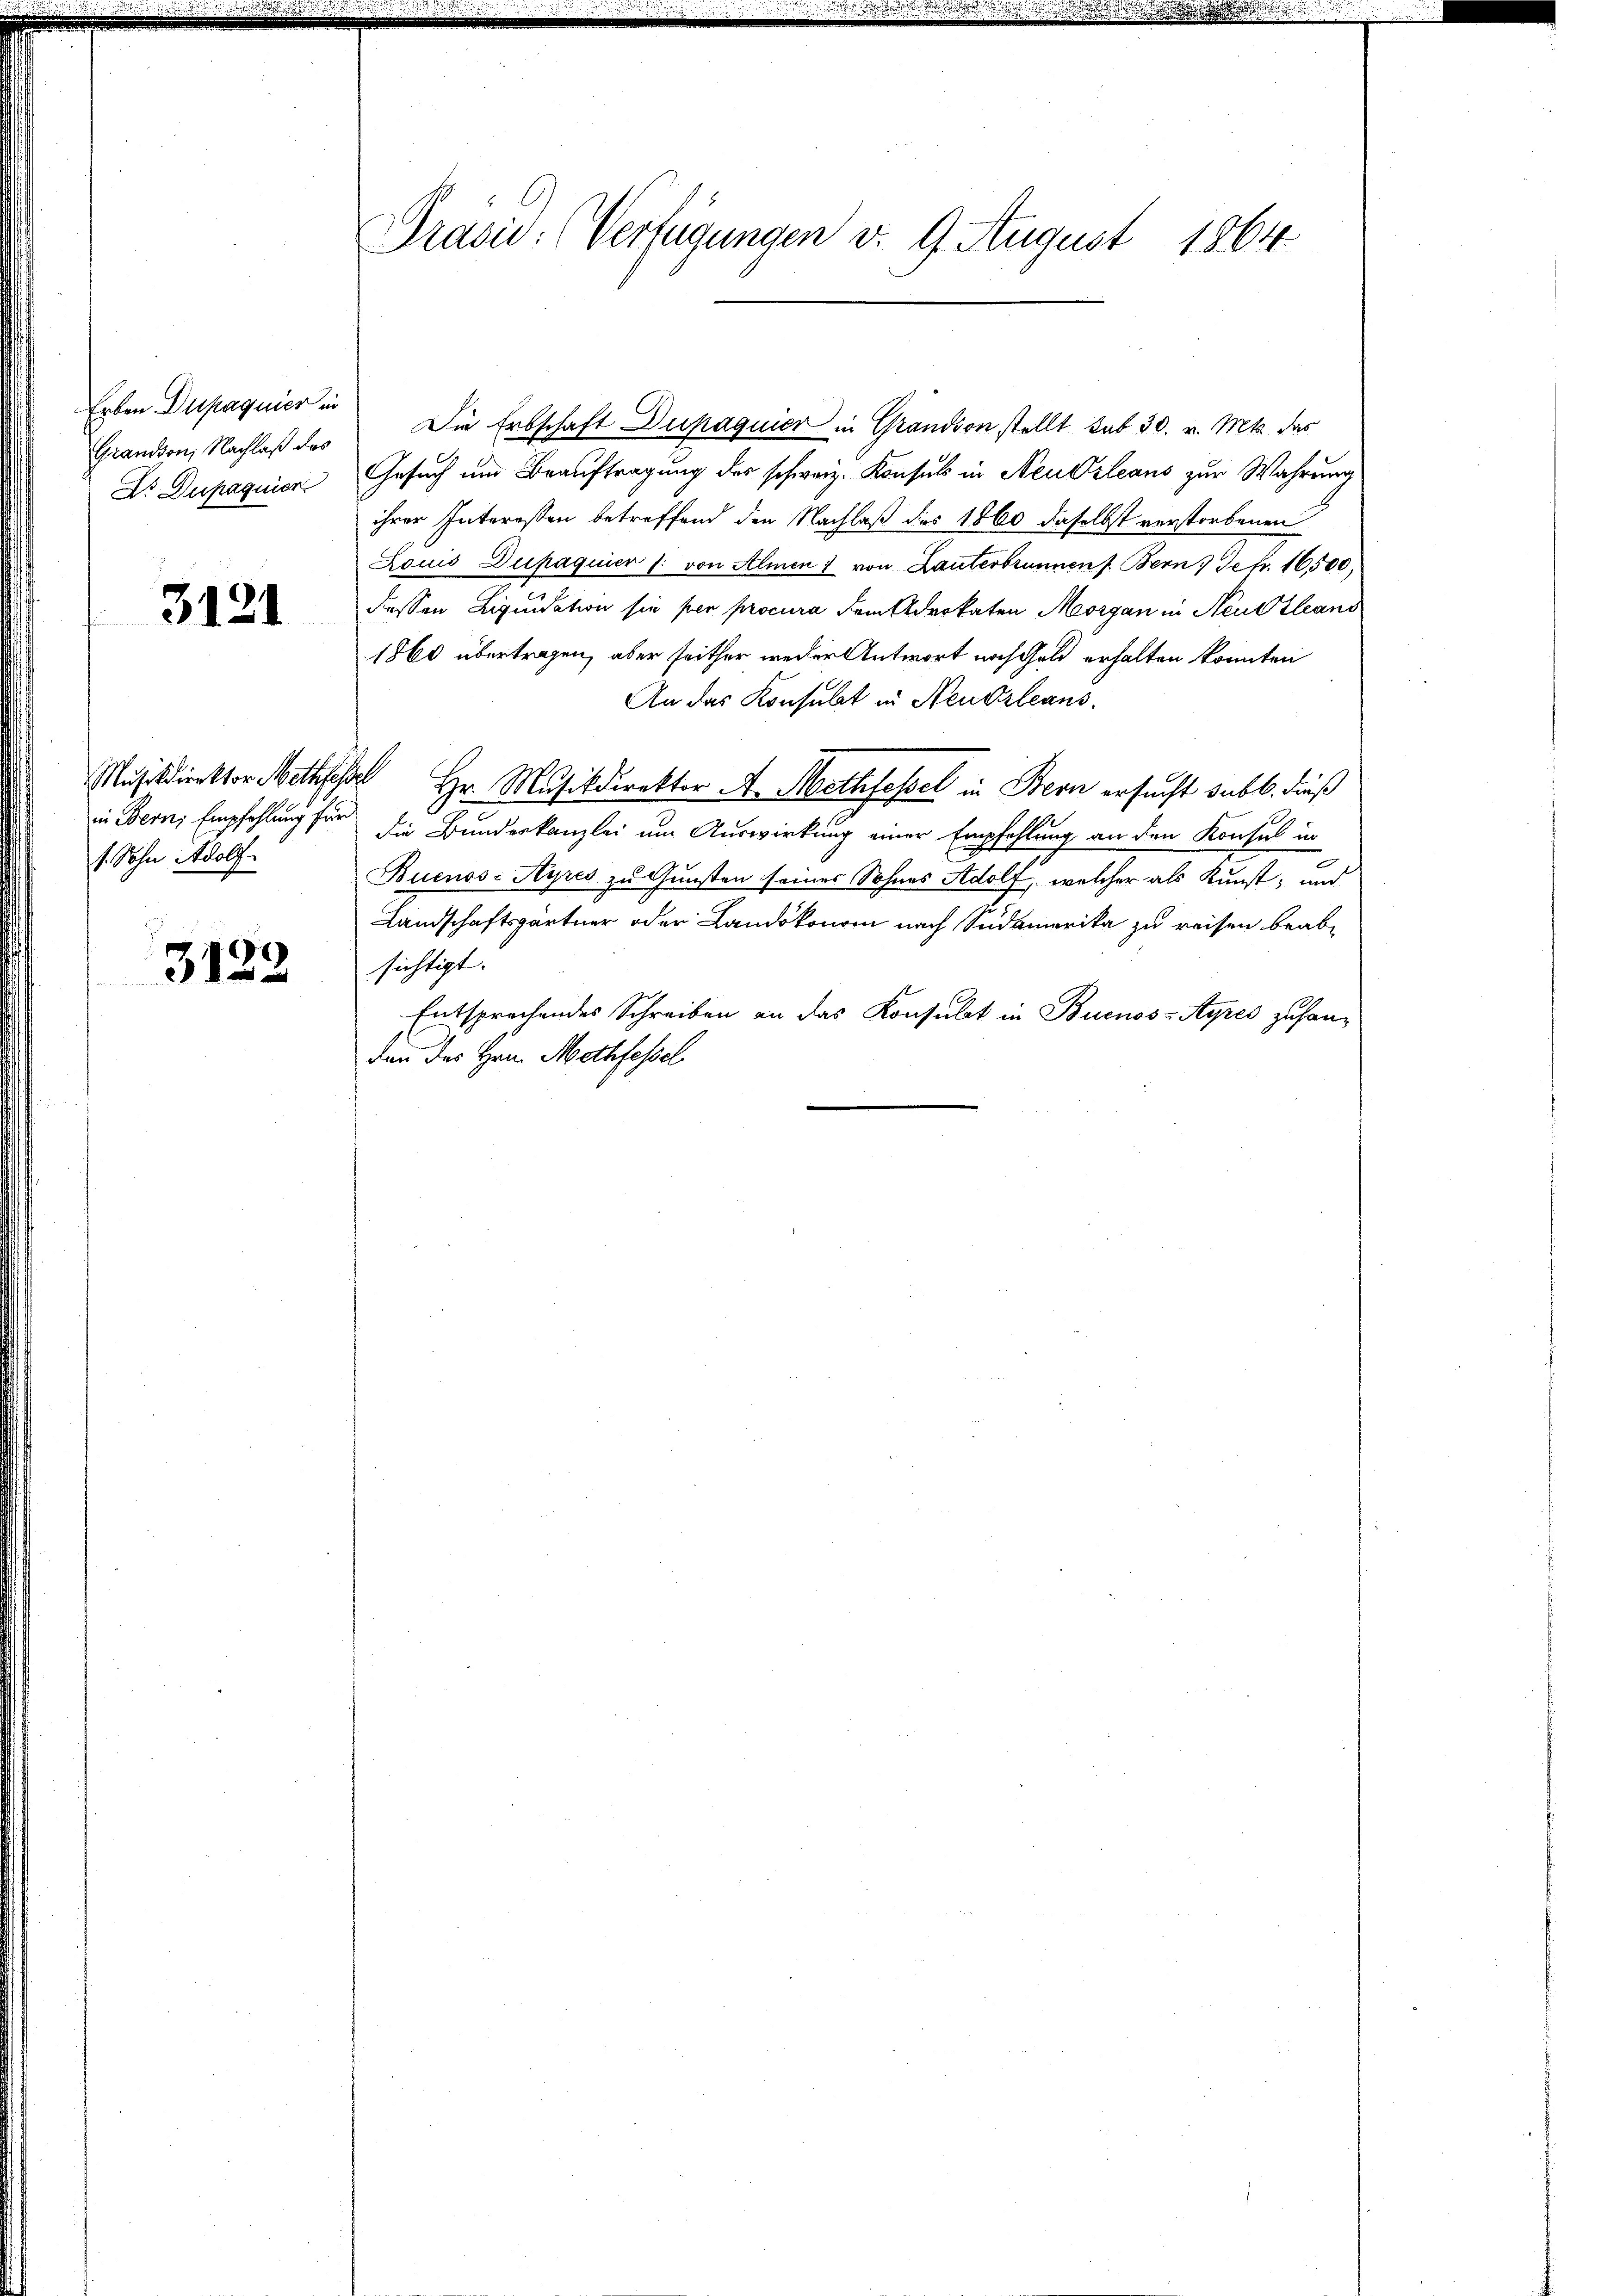
Erben Dupaquier in
Grandson, Nachlaß des
Ds Dupagnier

3121

in Bern Empfehlung für
1. Sohn Adolf

3122

Präsid. (Verfügungen v. 9. August 1864

Die Erbschaft Dupaquier in Grandson stellt sub 30. v. Mts. das
Gesuch um Beauftragung des schweiz. Konsuls in Neusseaus zur Wahrung
ihrer Interessen betreffend den Nachlaß des 1860 daselbst verstorbenen
Louis Dupaquier /: von Almen) von Lanterbrunnen s. Bern. Je fr. 16500,
dessen Liquidation sie per procura dem Advokaten Morgan in Neue zleans
1860 übertragen, aber seither weder Antwort nach Geld erhalten konnten
An das Konsulat in Neudzbeans
Musikdirektor Mathes Hr. Musikdirektor A. Methfessel in Bern ersucht sub b. dieß
die Bundeskanzlei um Auswirkung einer Empfehlung an den Konsul in
Buenos Ayres zu Gunsten seines Sohnes Adolf, welcher als Kunst, und
Landschaftsgärtner oder Landskonom nach Südamerika zu reisen beab-
sichtigt.
Entsprechendes Schreiben an das Konsulat in Buenos-Ayres zuhanden des Hrn. Mothfessel